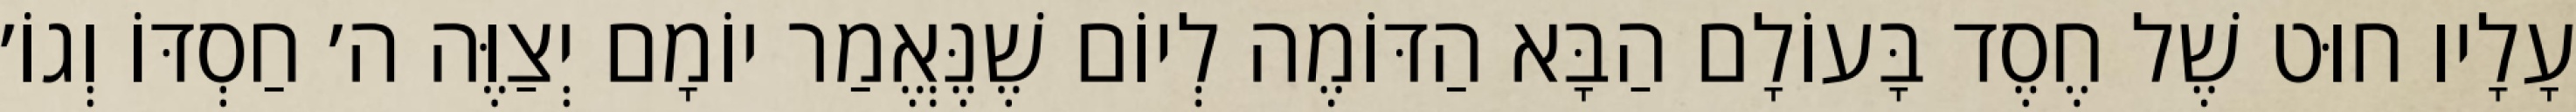
עָלָיו חוּט שֶׁל חֶסֶד בָּעוֹלָם הַבָּא הַדּוֹמֶה לְיוֹם שֶׁנֶּאֱמַר יוֹמָם יְצַוֶּה ה׳ חַסְדּוֹ וְגוֹ׳